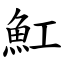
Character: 魟